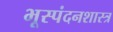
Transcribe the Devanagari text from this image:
भूस्पंदनशास्त्र